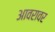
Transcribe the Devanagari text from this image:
आवरावर